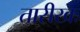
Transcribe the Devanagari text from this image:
तारीखः